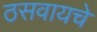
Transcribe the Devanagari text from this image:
ठसवायचे